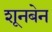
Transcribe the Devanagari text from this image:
शूनबेन